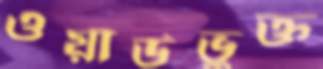
ওয়ার্ডভুক্ত